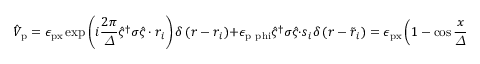
\hat { V } _ { \mathrm { p } } = \epsilon _ { \mathrm { p x } } \exp \left( i \frac { 2 \pi } { \varDelta } \hat { \varsigma } ^ { \dagger } \boldsymbol { \sigma } \hat { \varsigma } \cdot \boldsymbol { r } _ { i } \right) \delta \left( \boldsymbol { r } - \boldsymbol { r } _ { i } \right) + \epsilon _ { \mathrm { p \ p h i } } \hat { \varsigma } ^ { \dagger } \boldsymbol { \sigma } \hat { \varsigma } \cdot \boldsymbol { s } _ { i } \delta \left( \boldsymbol { r } - \tilde { \boldsymbol { r } } _ { i } \right) = \epsilon _ { \mathrm { p x } } \left( 1 - \cos \frac { x } { \varDelta } \right) + \epsilon _ { \mathrm { p \ p h i } } \left( 1 - \cos \phi \right)